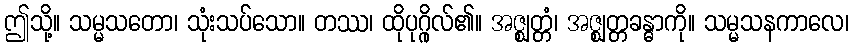
ဤသို့။ သမ္မသတော၊ သုံးသပ်သော။ တဿ၊ ထိုပုဂ္ဂိုလ်၏။ အဇ္ဈတ္တံ၊ အဇ္ဈတ္တခန္ဓာကို။ သမ္မသနကာလေ၊